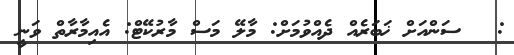
: @ ސަންއަށް ޚަބަރެއް ދެއްވުމަށް: މާލޭ މަސް މާރުކޭޓް: އެއިމާރާތް ވަނީ